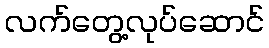
လက်တွေ့လုပ်ဆောင်